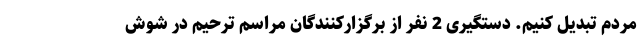
مردم تبدیل کنیم. دستگیری 2 نفر از برگزارکنندگان مراسم ترحیم در شوش